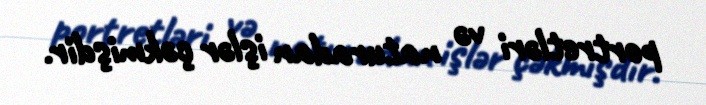
portretləri və naturadan işlər çəkmişdir.